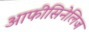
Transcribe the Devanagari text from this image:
आफीसिनेलिज